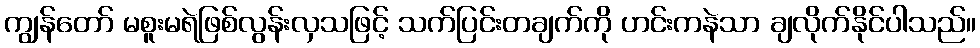
ကျွန်တော် မစူးမရဲဖြစ်လွန်းလှသဖြင့် သက်ပြင်းတချက်ကို ဟင်းကနဲသာ ချလိုက်နိုင်ပါသည်။